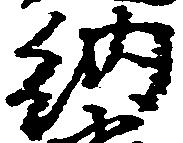
納